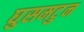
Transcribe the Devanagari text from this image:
घुसमटुन